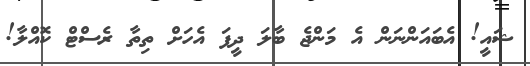
ޝައީ! އެބައަންނަން އެ މަންޖެ ބާލަ ދީފަ އެހަށް ތިތާ ރެސްޓް ކޮއްލާ!